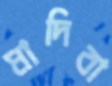
মাদিবা